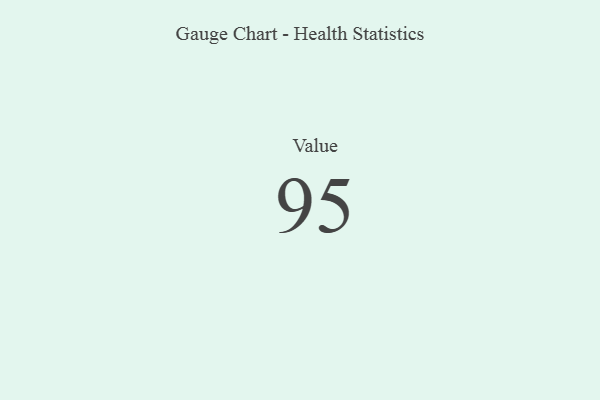
{"axis": {"x": "Metric", "y": "Value"}, "legend": [""], "data": [{"x": "Value", "y": 95, "type": ""}]}